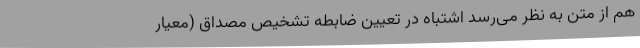
هم از متن به نظر می‌رسد اشتباه در تعیین ضابطه‌ تشخیص مصداق (معیار